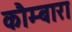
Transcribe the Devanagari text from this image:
कौम्बारा